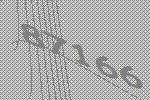
87166